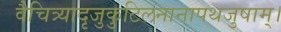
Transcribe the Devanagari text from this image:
वैचित्र्यादृजुकुटिलनानापथजुषाम्।